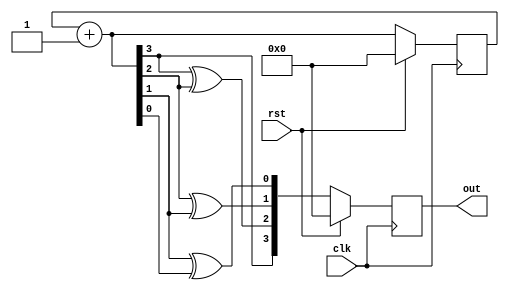
module gray_counter(clk,rst,out);
input clk,rst;
output reg[3:0]out;
reg q0,q1,q2;
reg [3:0]count;
always@(posedge clk)
begin
 if(rst)
 begin
  count=4'b0;
  out=4'b0;
 end
 else
 begin
  count=count+1'b1;
  q2=count[3]^count[2];
  q1=count[2]^count[1];
  q0=count[1]^count[0];
  out={count[3],q2,q1,q0};
 end
end
endmodule